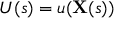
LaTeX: U ( s ) = u ( \mathbf { X } ( s ) )